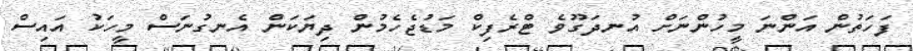
ފަހަތުން އަންނަ މީހުންނަށް އުނދަގޫވެ ޓްރެފިކް މަޑުޖެހެމުން ދިޔަކަން އެނގުނަސް މީހަކު އައިސް